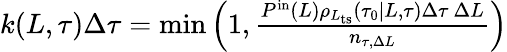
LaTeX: \begin{array}{r}{k(L,\tau)\Delta\tau=\operatorname*{min}\left(1,\frac{P^{\mathrm{in}}(L)\rho_{L_{\mathrm{ts}}}(\tau_{0}|L,\tau)\Delta\tau\ \Delta L}{n_{\tau,\Delta L}}\right)}\end{array}